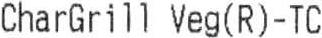
CHARGRILL VEG(R)-TC